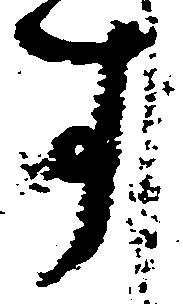
す